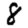
Digit: 8